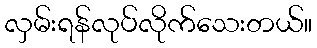
လှမ်းရန်လုပ်လိုက်သေးတယ်။